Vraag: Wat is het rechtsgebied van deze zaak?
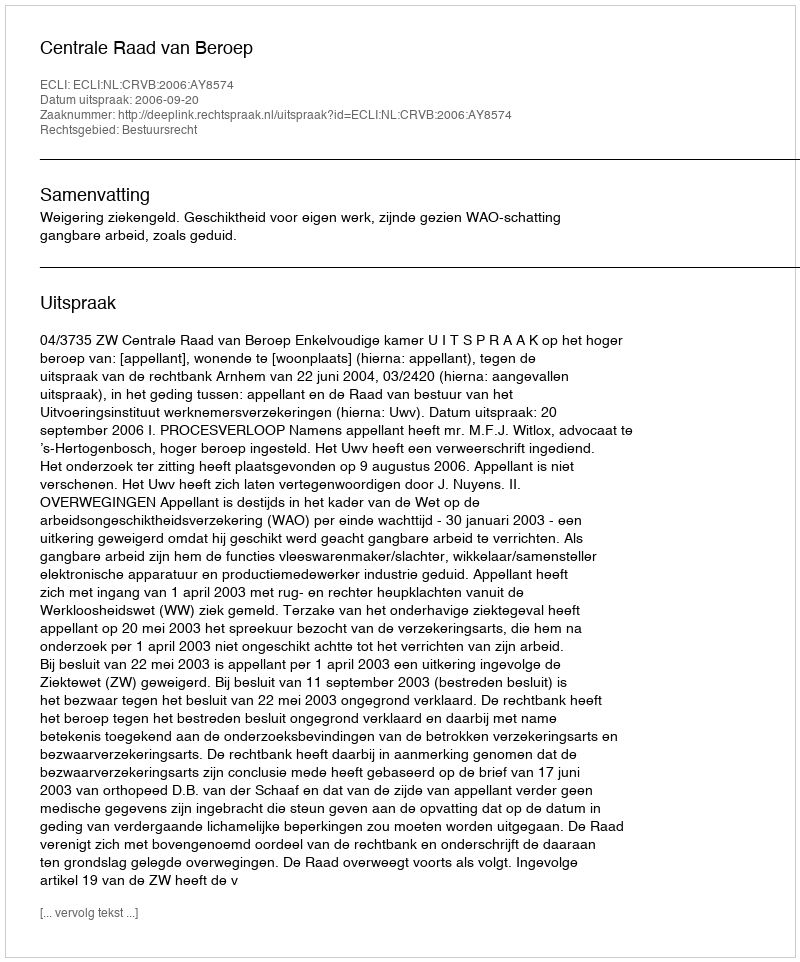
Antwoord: Bestuursrecht